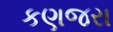
કણજરા